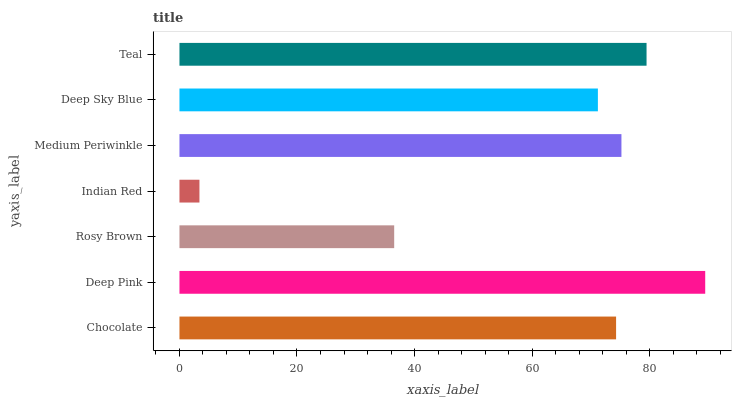
| yaxis_label | bars |
 | --- | --- |
 | Chocolate | 74.3 |
 | Deep Pink | 89.5 |
 | Rosy Brown | 36.5 |
 | Indian Red | 3.4 |
 | Medium Periwinkle | 75.2 |
 | Deep Sky Blue | 71.2 |
 | Teal | 79.5 |